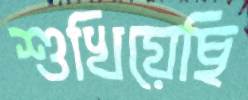
শুখিয়েছি